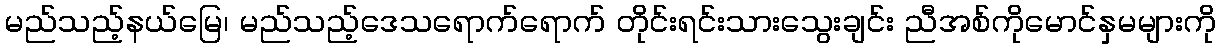
မည်သည့်နယ်မြေ၊ မည်သည့်ဒေသရောက်ရောက် တိုင်းရင်းသားသွေးချင်း ညီအစ်ကိုမောင်နှမများကို